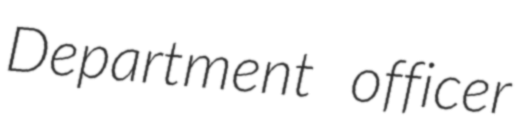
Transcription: Department officer